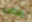
يداى